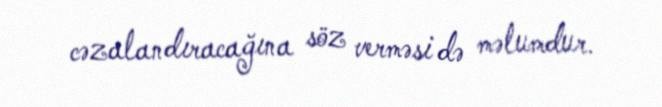
cəzalandıracağına söz verməsi də məlumdur.